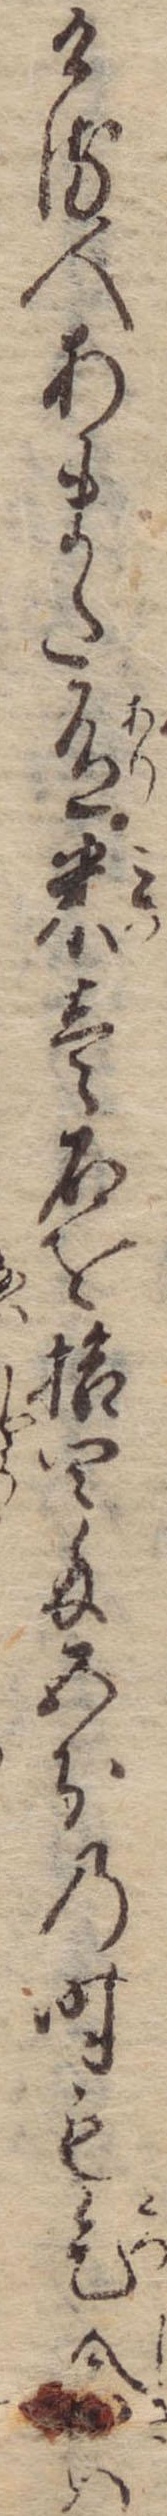
ける人あまた有米壱石を拾四匁五分の時も乞食は